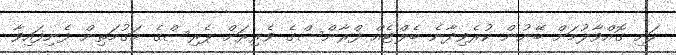
ހަށި ގޮއްވާލުމަށް ބޭނުން ކުރެވިދާނެ ބެލްޓެއް ފްރާންސްގެ ވެރިރަށް ޕެރިސްގެ މަގުމަތިން ފެނިފައިވާ